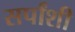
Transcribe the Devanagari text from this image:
सर्पांशी